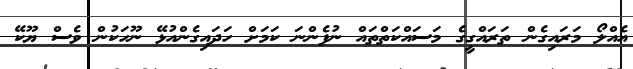
އެއްލޯ މަރައިގެން ތަރައްގީގެ މަސައްކަތްތައް ނުފެންނަ ކަަމަށް ހަދައިގެންއުޅޭ ނޫހަކުން ވެސް ޔޫކޭ